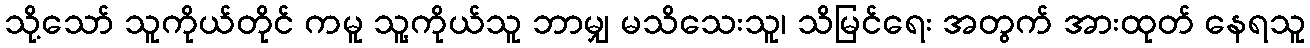
သို့သော် သူကိုယ်တိုင် ကမူ သူ့ကိုယ်သူ ဘာမျှ မသိသေးသူ၊ သိမြင်ရေး အတွက် အားထုတ် နေရသူ